Civil Veterinary Department. Central Provinces & Berar 1932-41 - 1932-1941
Year: 1932
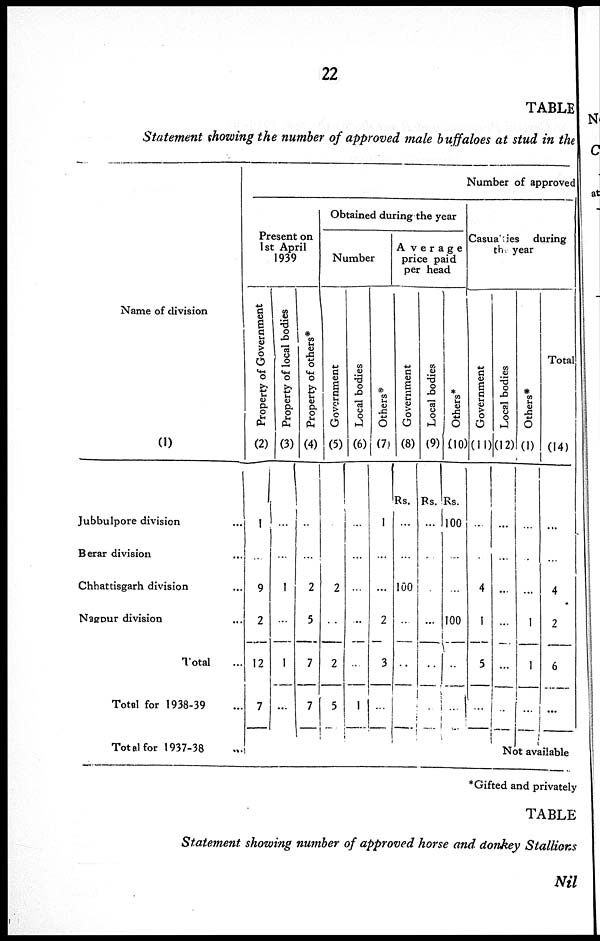
22
TABLE
Statement showing the number of approved male buffaloes at stud in the
Name of division
(1)
Jubbulpore division ...
Berar division ...
Chhattisgarh division ...
Nagpur division ...
Total ...
Total for 1938-39 ...
Total for 1937-38 ...
Number of approved
Present on
1st April
1939
Property of Government
(2)
1
...
9
2
12
7
Property of local bodies
(3)
...
...
1
...
1
...
Property of others*
(4)
...
...
2
5
7
7
Obtained during the year
Number
Government
(5)
...
...
2
...
2
5
Local bodies
(6)
...
...
...
...
...
1
Others*
(7)
1
...
...
2
3
...
Average
price paid
per head
Government
(8)
Rs.
...
...
100
...
...
...
Local bodies
(9)
Rs.
...
...
...
...
...
...
Others*
(10)
Rs.
100
...
...
100
...
...
Casualties during
the year
Government
(11)
...
...
4
1
5
...
Local bodies
(12)
...
...
...
...
...
...
Others*
(1)
...
...
...
1
1
...
Total
(14)
...
...
4
2
6
...
Not available
* Gifted and privately
TABLE
Statement showing number of approved horse and donkey Stallions
Nil